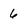
Character: 6